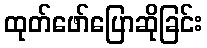
ထုတ်ဖော်ပြောဆိုခြင်း